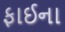
ફાઈના